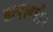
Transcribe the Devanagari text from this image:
डाएलडीन